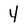
Character: 4